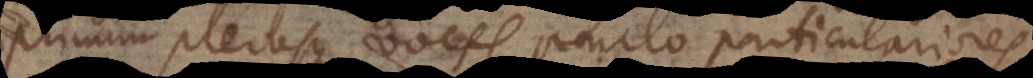
primum plerasque voces paulo particulariores